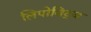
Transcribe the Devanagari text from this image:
लिपोविट्ज